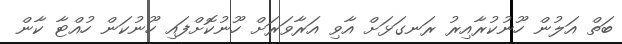
ބަތް އަލުން ހޫނުކުރާއިރު ރަނގަޅަށް އާވި އަރާވަރަށް ހޫނުކޮށްފައި ހޫނުކަން ހުއްޓާ ކާން